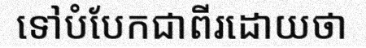
ទៅបំបែកជាពីរដោយថា